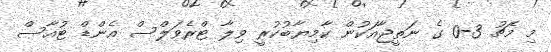
މި މެޗު 3-0 ގެ ނަތީޖާއަކުން ކާމިޔާބުކުރީ ވިލާ ޓްރެވަލްސް އެންޑް ޓުއާސް